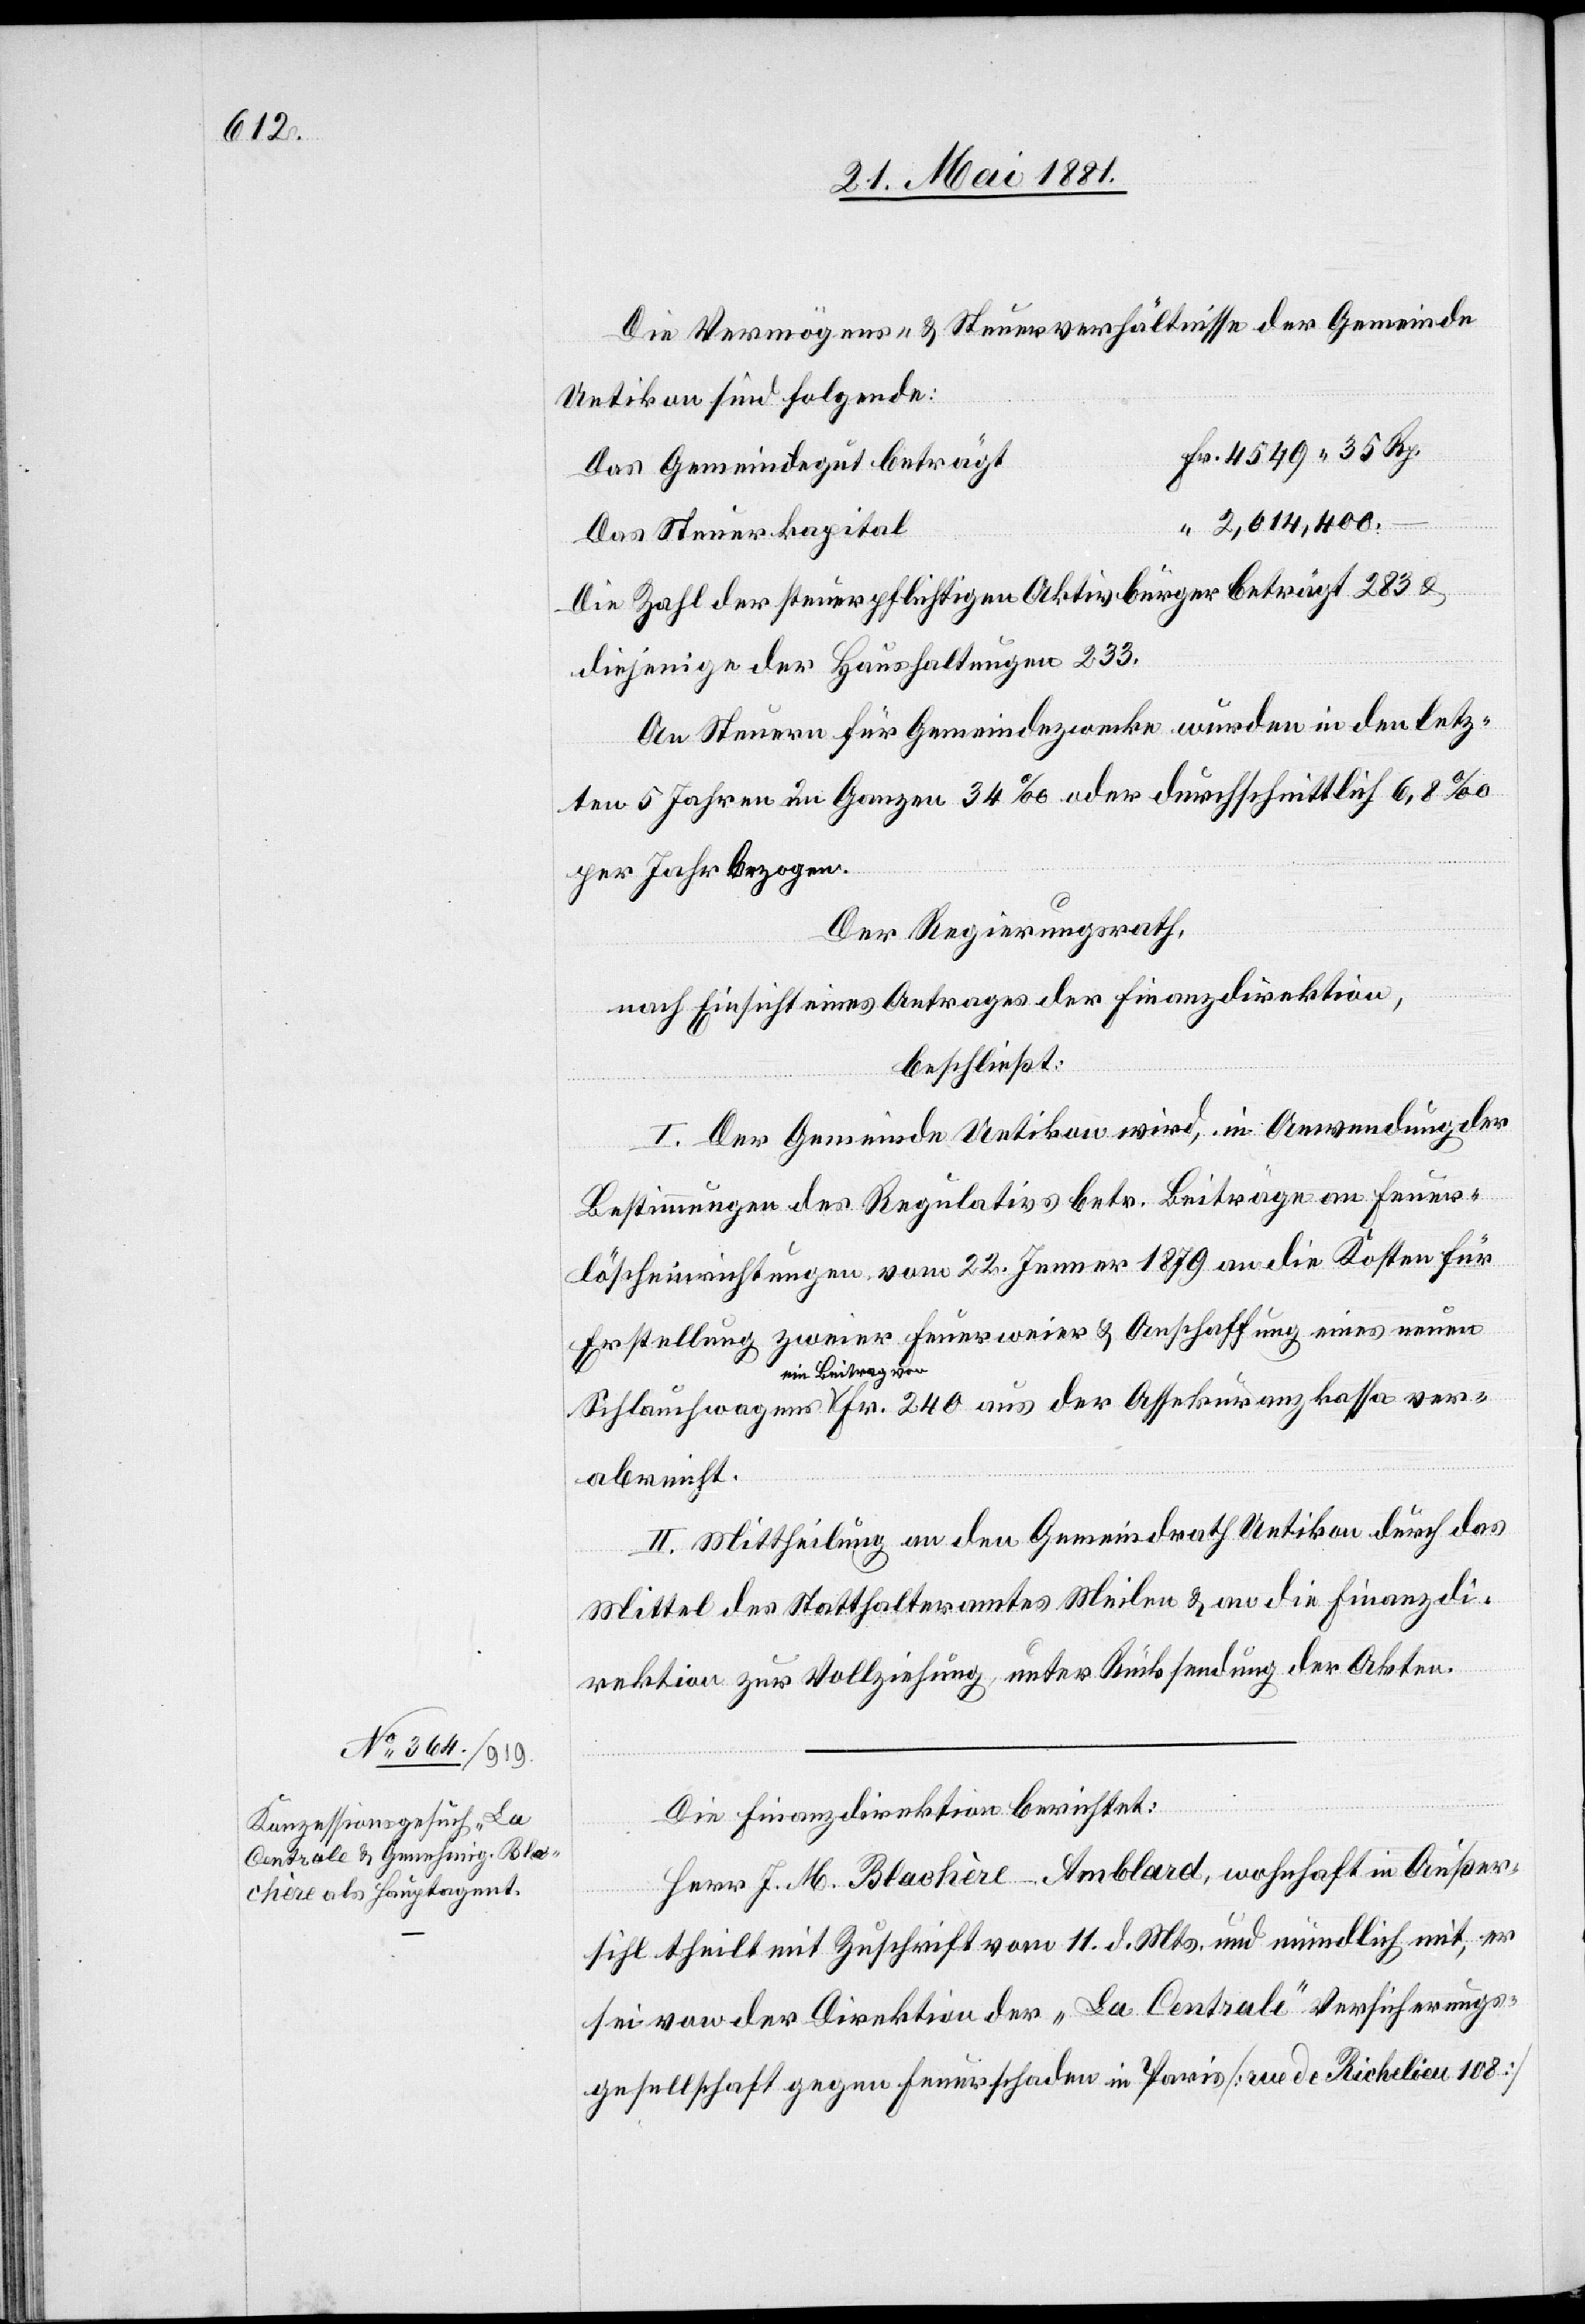
Die Vermögens- & Steuerverhältnisse der Gemeinde
Uetikon sind folgende:
4549 35 Rp.
Das Gemeindegut beträgt
2,014,400.–
Das Steuerkapital
“
Die Zahl der steuerpflichtigen Aktivbürger beträgt 283 &
diejenige der Haushaltungen 233.
An Steuern für Gemeindezwecke wurden in den letz¬
ten 5 Jahren im Ganzen 34‰ oder durchschnittlich 6,8‰
per Jahr bezogen.
Der Regierungsrath,
nach Einsicht eines Antrages der Finanzdirektion,
beschließt:
I. Der Gemeinde Uetikon wird, in Anwendung der
Bestimmungen des Regulativs betr. Beiträge an Feuer¬
löscheinrichtungen vom 22. Jenner 1879 an die Kosten für
Erstellung zweier Feuerweier & Anschaffung eines neuen
ein Beitrag von
abreicht.
II. Mittheilung an den Gemeindrath Uetikon durch das
Mittel des Statthalteramtes Meilen & an die Finanzdi¬
ver¬
rektion zur Vollziehung unter Rücksendung der Akten.
aus